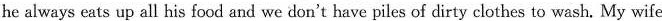
he always eats up all his food and we don't have piles of dirty clothes to wash. My wife